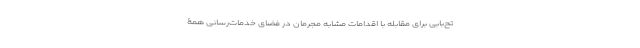
تح‌بابی برای مقابله با اقدامات مشابه مجرمان در فضای خدمات‌رسانی همۀ